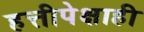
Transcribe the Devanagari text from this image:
हत्तीपेक्षाही